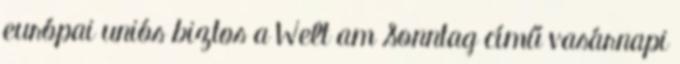
európai uniós biztos a Welt am Sonntag című vasárnapi